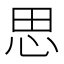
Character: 思